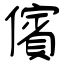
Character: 儐